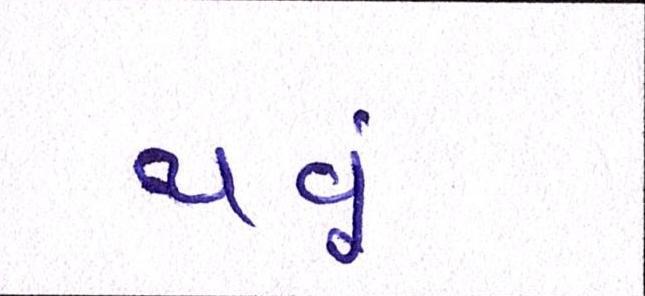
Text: થવૂં